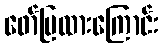
ဖော်ပြထားကြောင်း